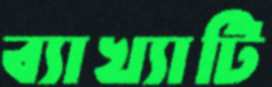
ব্যাখ্যাটি